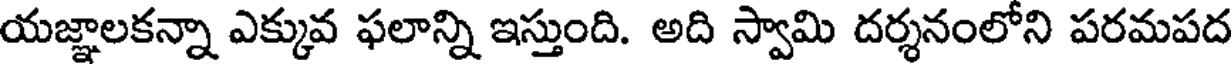
యజ్ఞాలకన్నా ఎక్కువ ఫలాన్ని ఇస్తుంది. అది స్వామి దర్శనంలోని పరమపద